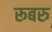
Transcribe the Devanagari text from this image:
रूबरु